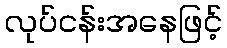
လုပ်ငန်းအနေဖြင့်